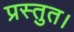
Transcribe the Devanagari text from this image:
प्रस्तुत।